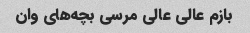
بازم عالی عالی مرسی بچه‌های وان